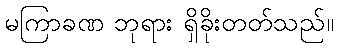
မကြာခဏ ဘုရား ရှိခိုးတတ်သည်။